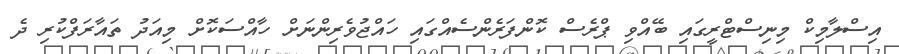
އިސްލާމިކް މިނިސްޓްރީގައި ބޭއްވި ޕްރެސް ކޮންފަރެންސެއްގައި ހައްޖުވެރިންނަށް ހާއްސަކޮށް މިއަދު ތައާރަފްކުރި ދެ